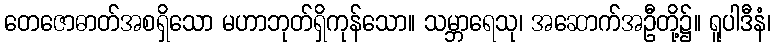
တေဇောဓာတ်အစရှိသော မဟာဘုတ်ရှိကုန်သော။ သမ္ဘာရေသု၊ အဆောက်အဦတို့၌။ ရူပါဒီနံ၊